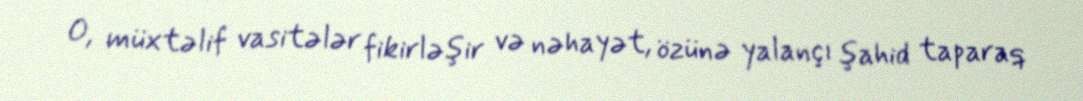
O, müxtəlif vasitələr fikirləşir və nəhayət, özünə yalançı şahid taparaq